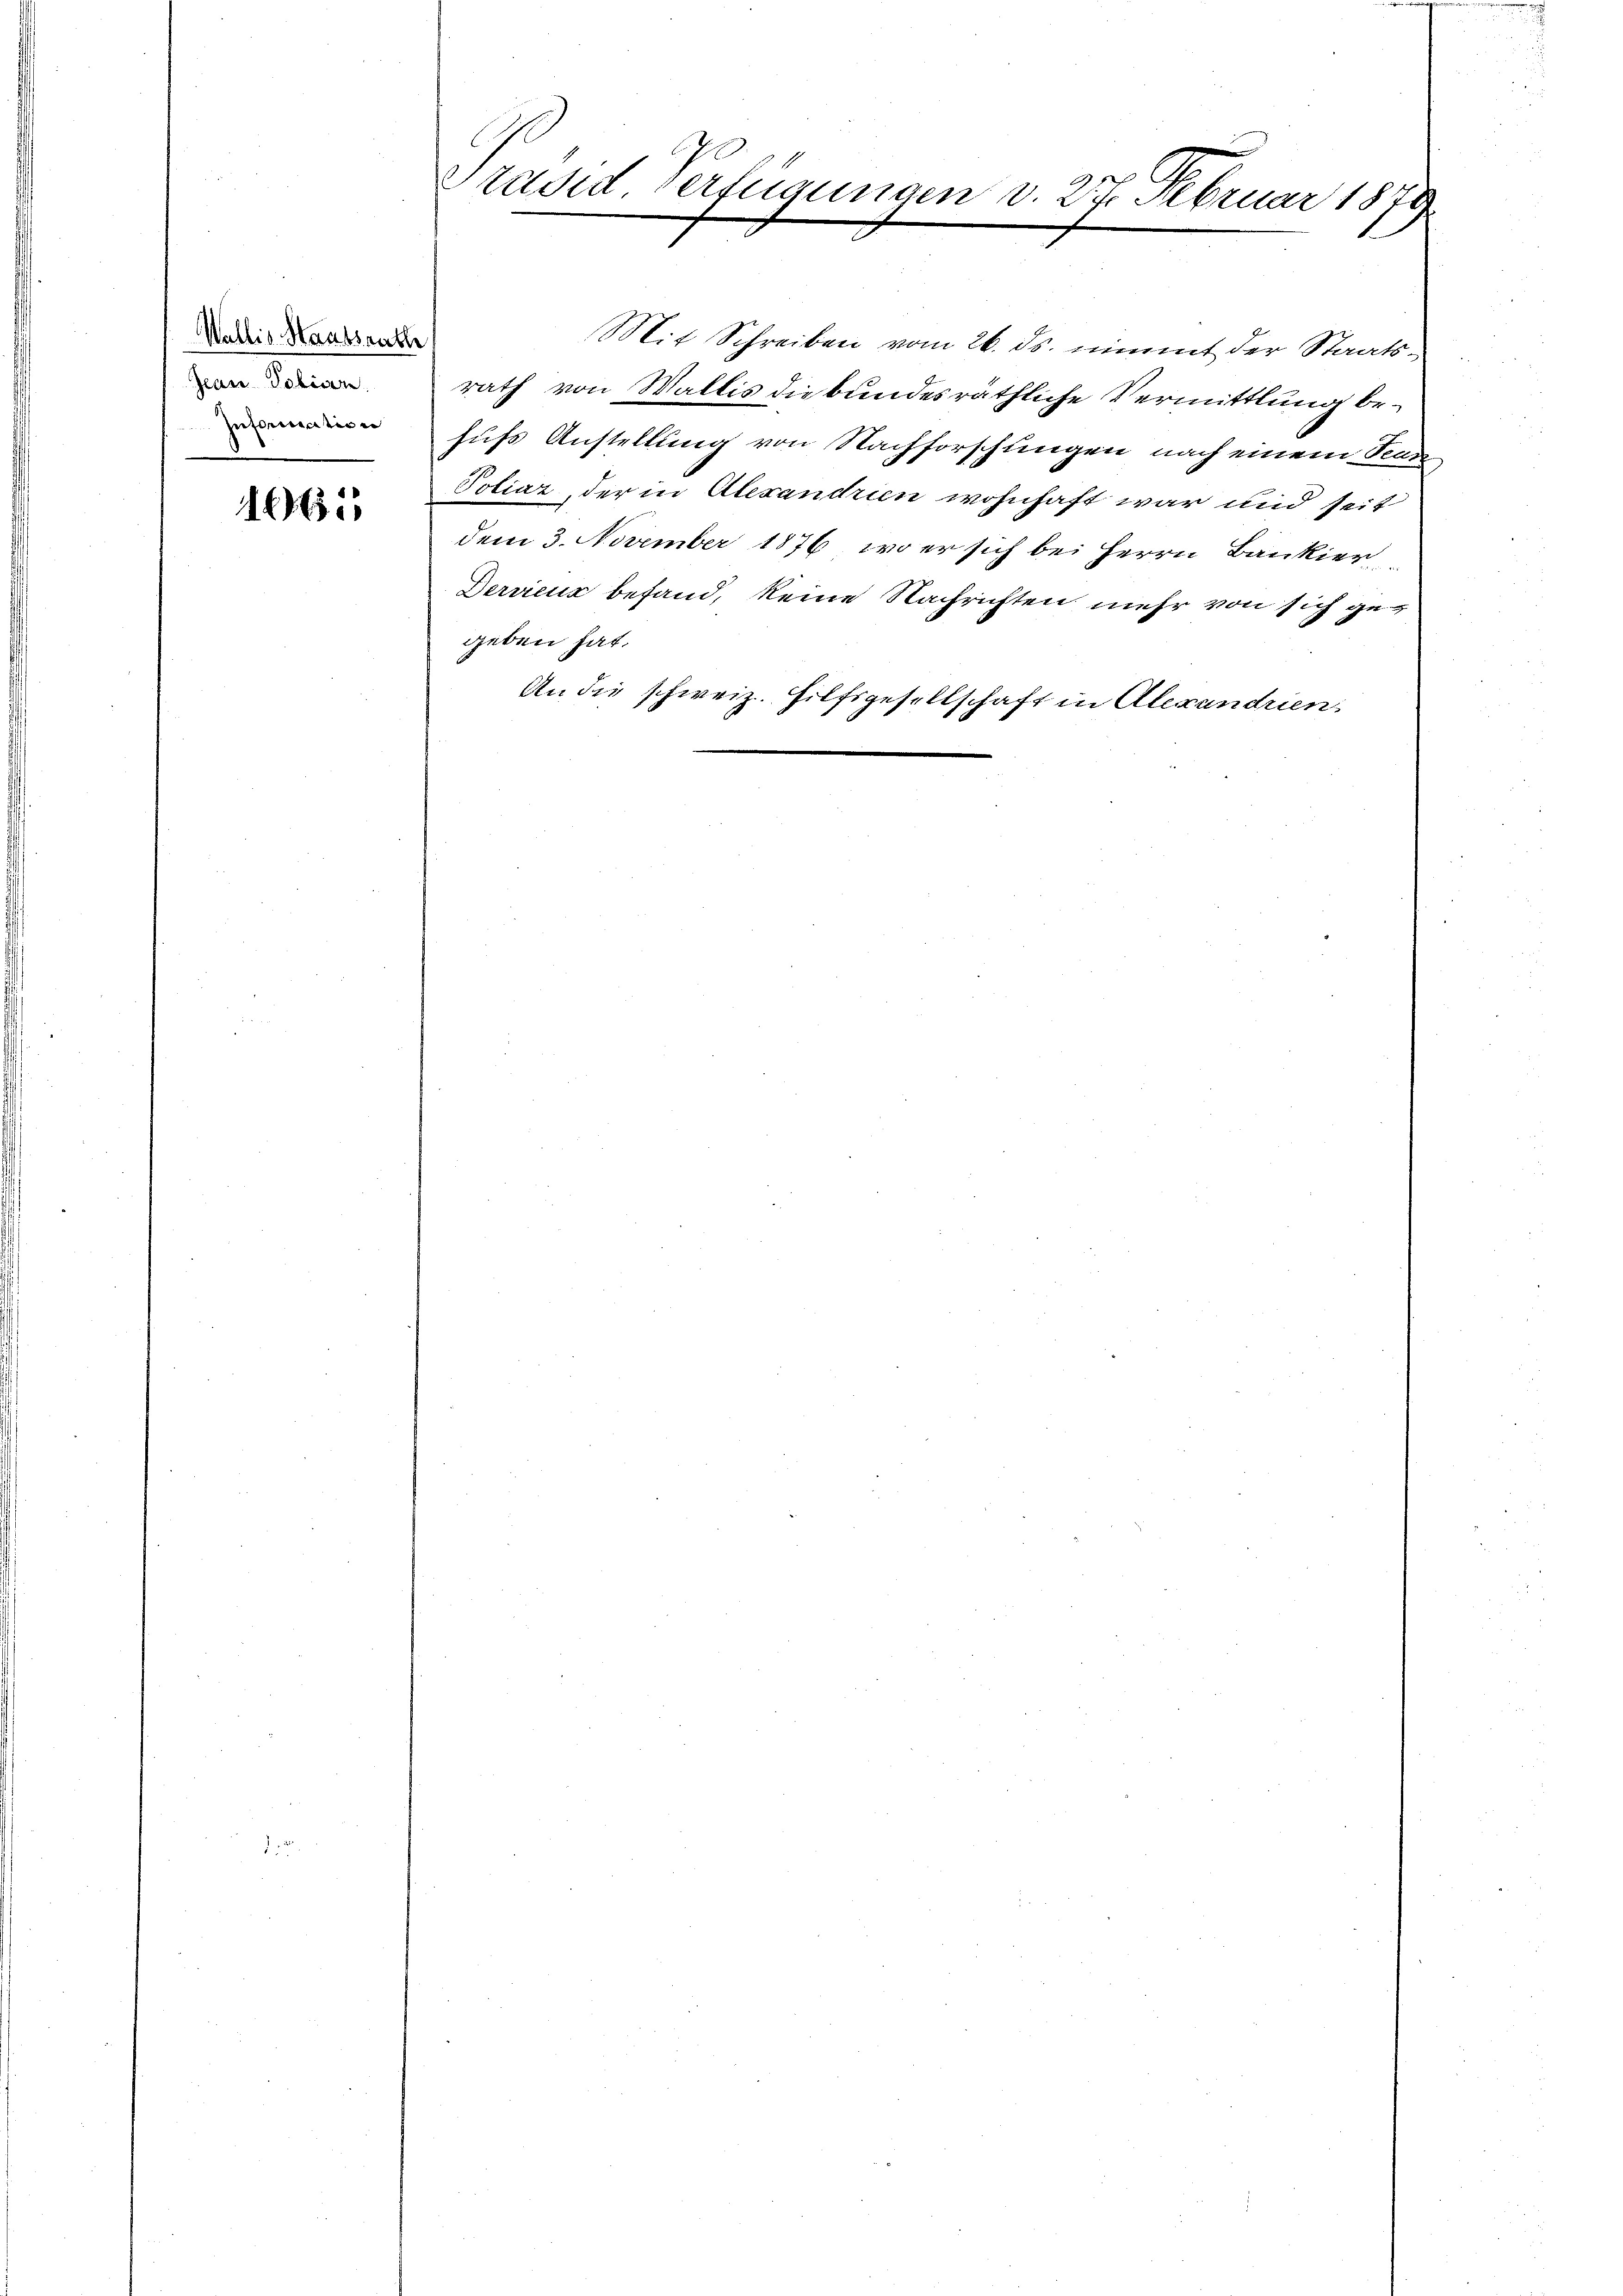
Wallis Staatsrath
Jean Policen
Information
.

e

Mit Schreiben vom 26. ds. nimmt der Staatsrath von Wallis die bundesräthliche Vermittlung behufs Anstellung von Nachforschungen nach einem Sena
Poliaz, der in Alexandrien wohnhaft war und seit
dem 3. November 1876, wo er sich bei Herrn Bankier
Dervicus befand, keine Nachrichten mehr von sich gegeben hat.
An die schweiz.
Ifsgesellschaft in Alexandrien

radid. Verfügungen v. 27. Februar 1870
1